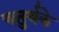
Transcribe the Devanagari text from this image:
चतुर्थके